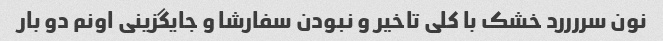
نون سررررد خشک با کلی تاخیر و نبودن سفارشا و جایگزینی اونم دو بار